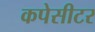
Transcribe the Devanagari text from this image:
कपेसीटर